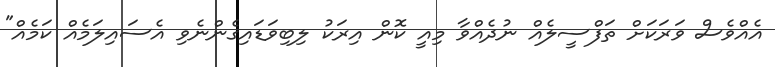
އެއްވެސް ވަރަކަށް ތަފްސީލެއް ނުދެއްވާ މިއީ ކޮން އިރަކު ލިބިވަޑައިގެންނެވި އެސައިލަމެއް ކަމެއް"